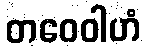
တဝေဝါဟံ